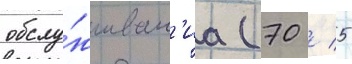
обслу́живан'иа (70 / 5